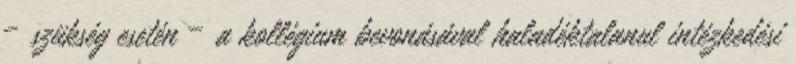
– szükség esetén – a kollégium bevonásával haladéktalanul intézkedési